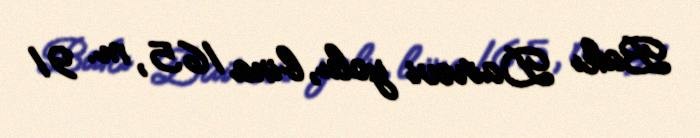
Bakı Dairəvi yolu, bina 165, m. 91